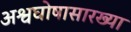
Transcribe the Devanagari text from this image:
अश्वघोषासारख्या